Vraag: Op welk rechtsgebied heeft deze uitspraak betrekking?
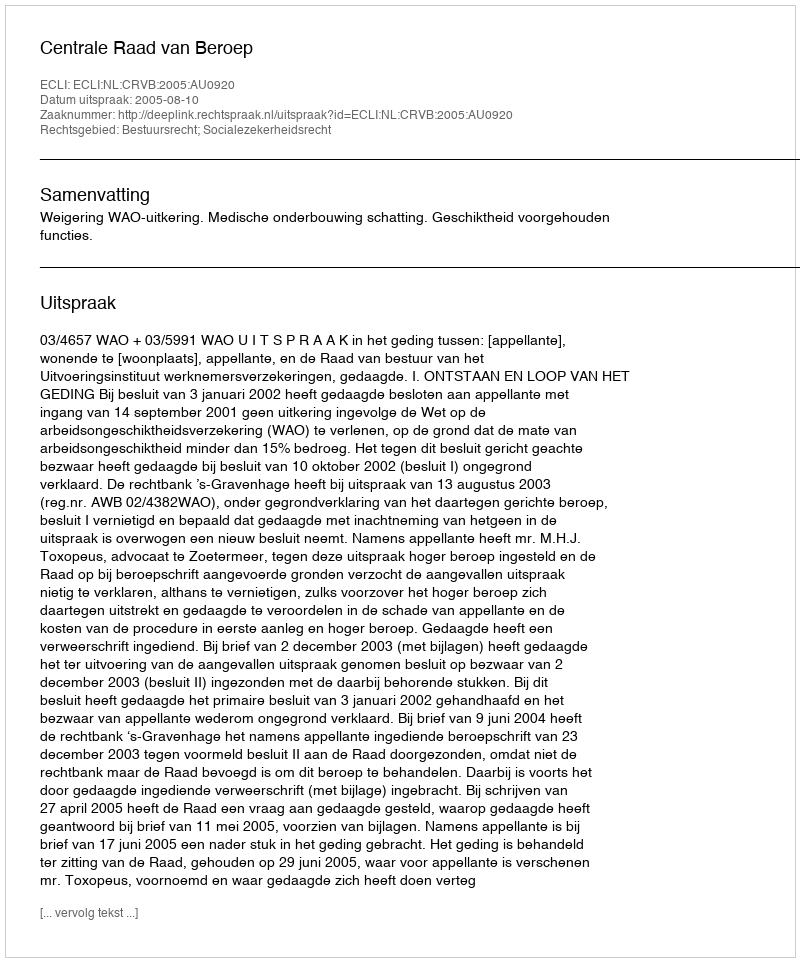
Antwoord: Bestuursrecht; Socialezekerheidsrecht